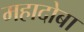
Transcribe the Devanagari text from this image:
महादोबा